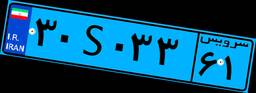
۳۰S۰۳۳۶۱